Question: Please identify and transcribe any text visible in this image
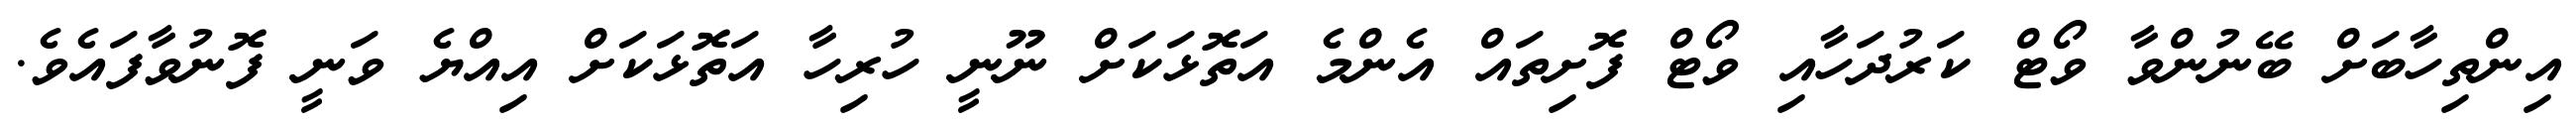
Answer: އިންތިހާބަށް ބޭނުންވާ ވޯޓް ކަރުދަހާއި ވޯޓް ފޮށިތައް އެންމެ އަތޮޅަކަށް ނޫނީ ހުރިހާ އަތޮޅަކަށް އިއްޔެ ވަނީ ފޮނުވާފައެވެ.